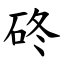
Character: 䂢